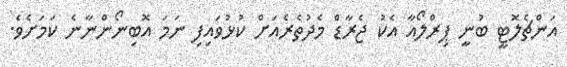
އަންޗެލޮޓީ ބުނީ ޕިރްލޯއާ އެކު ޖެރާޑް މެދުތެރެއަށް ކުޅުވައިފި ނަމަ އޮބިނޯންނާނެ ކަމަށެވެ.